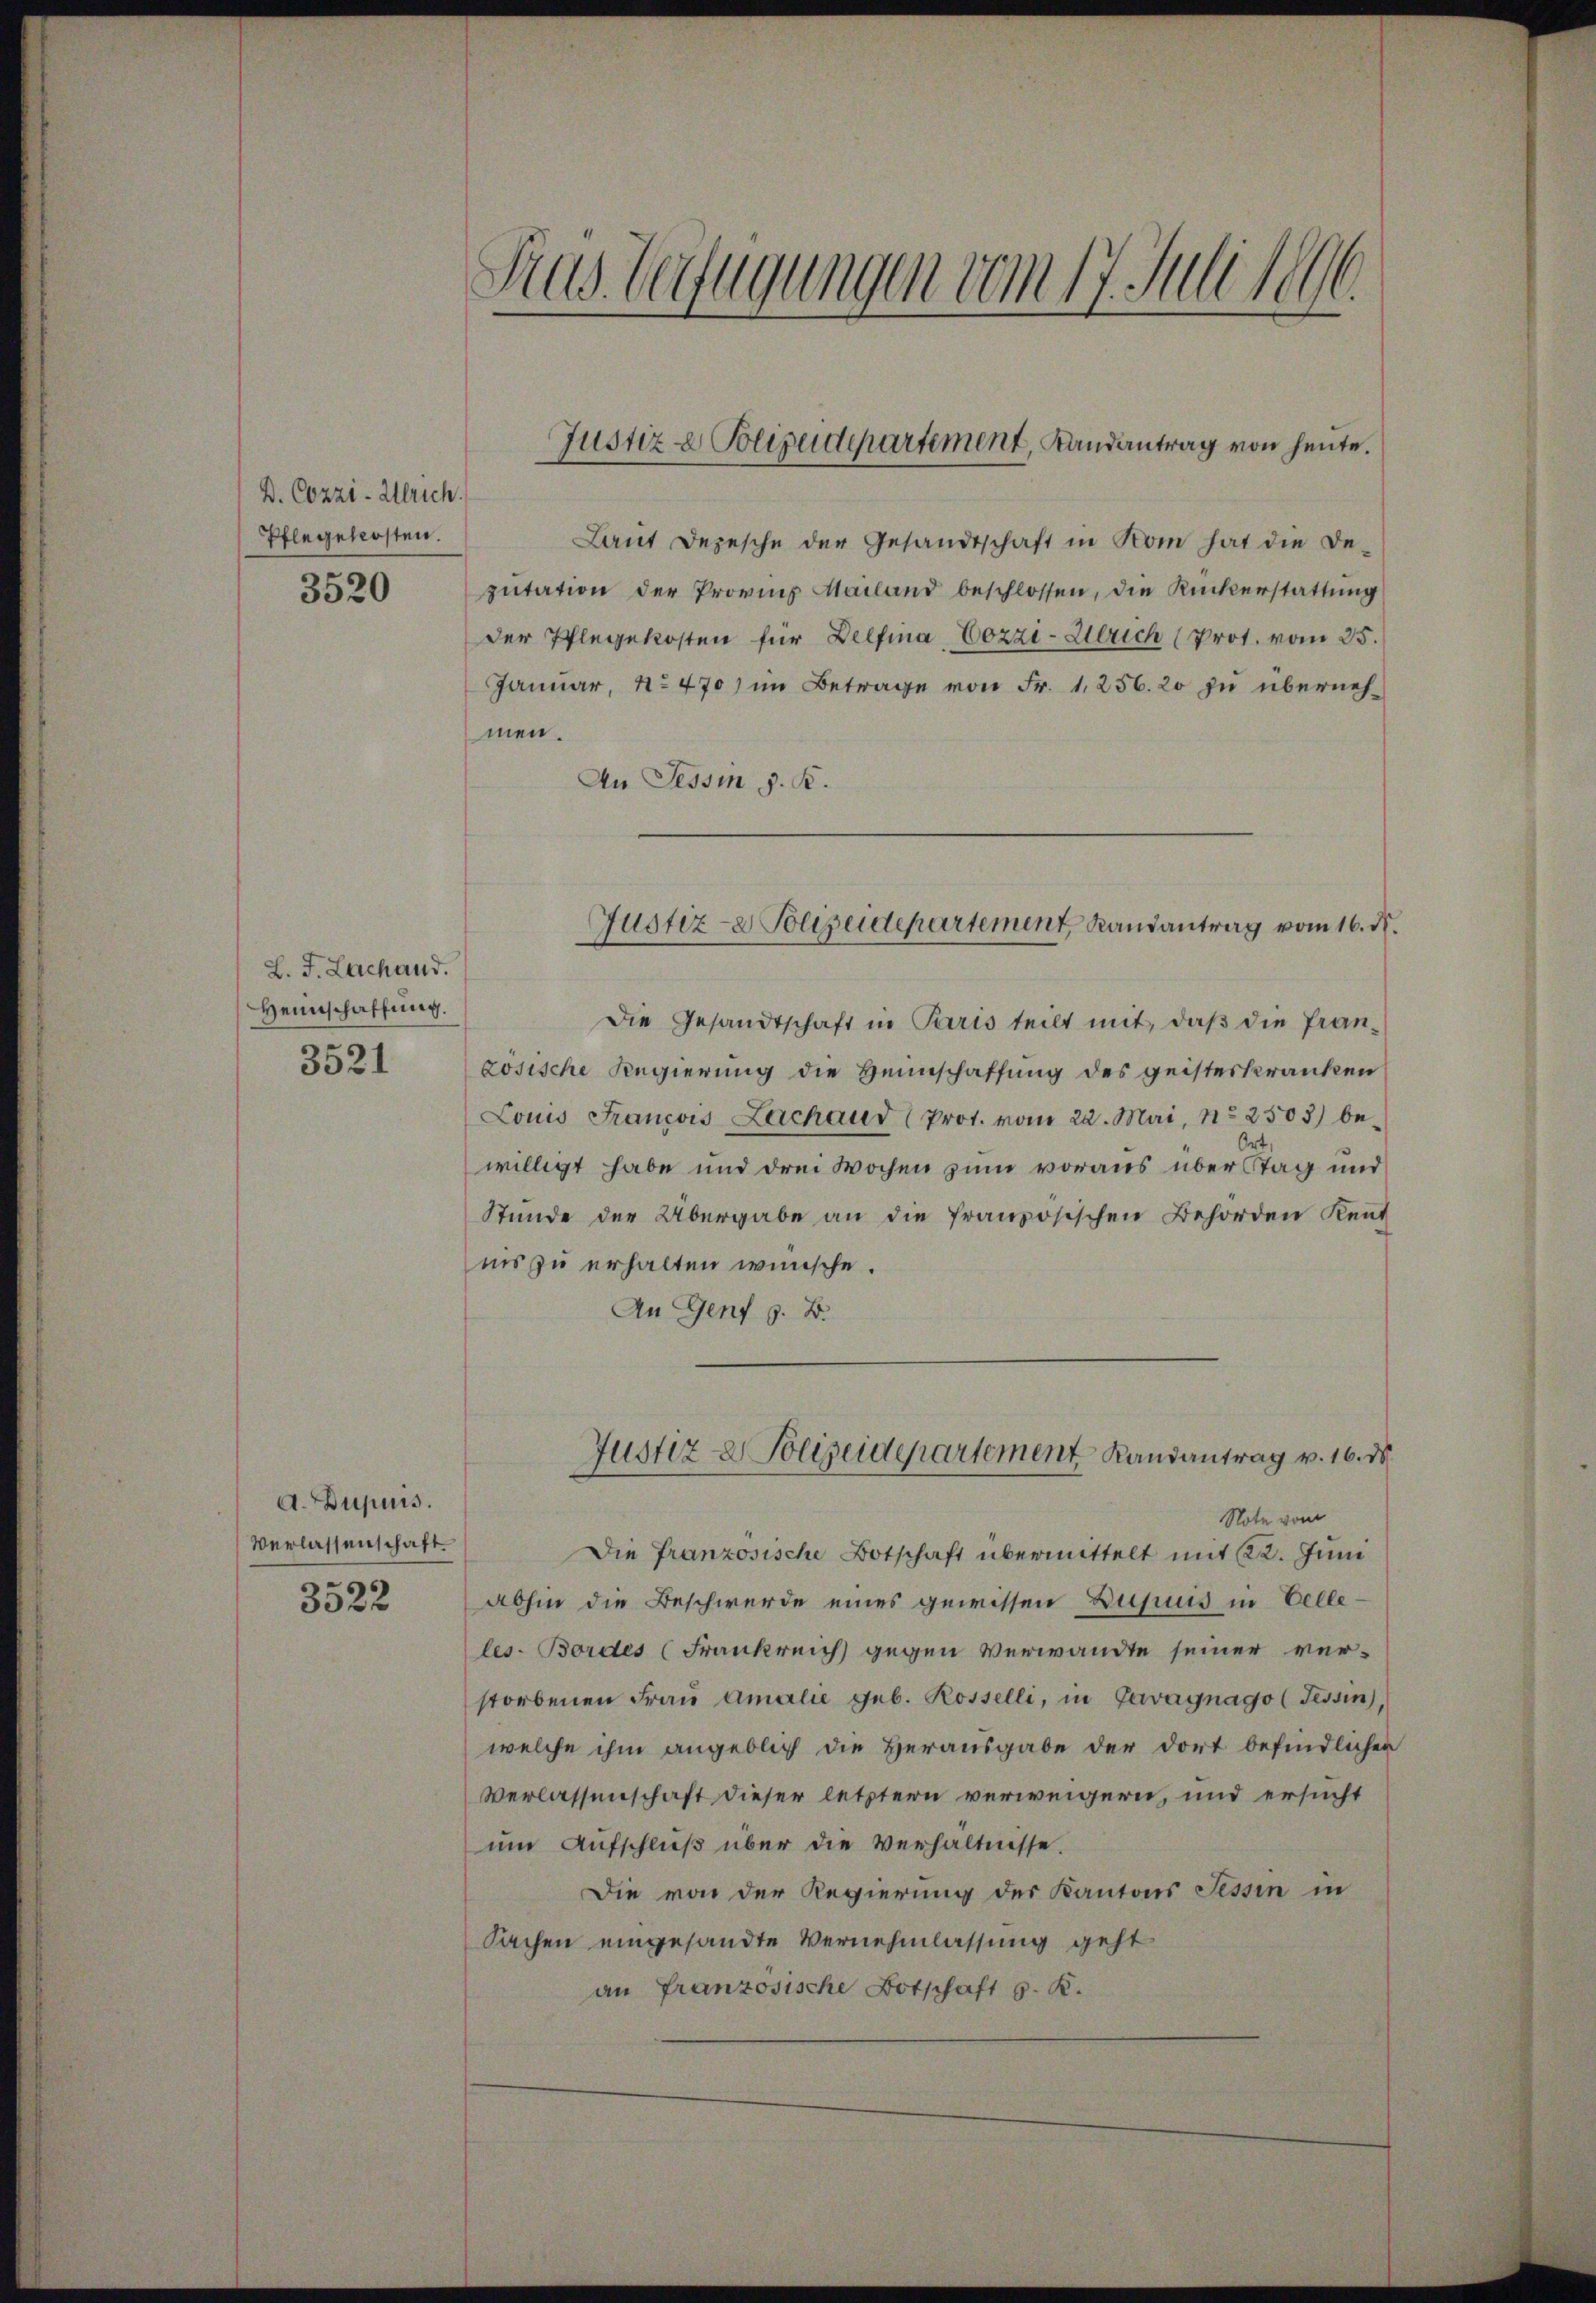
D. Cozzi-Ulrich.
Pflegekosten.
3520

L. J. Lachand.
Heimschaffung.
3521

A. Dupuis.
Verlassenschaft
3522

Sius Verfügungen vom 17. Juli 1896.

Laŭt Depesche der Gesandtschaft in Kom hat die De-
putation der Provins Mailand beschlossen, die Rückerstattung
der Pflegekosten für Delfina, Cozzi-Gerich (Prot. vom 25.
Januar, No 470) im Betrage von Fr. 1256. 20 zu übernehmen.
An Tessin d. K.

Justiz & Polizeidepartement, Landantrag von heute.

Die Gesandtschaft in Paris teilt mit, daß die Pranzosische Regierung die Heimschaffung des geisteskranken
Louis Francois Lachaud (Prot. vom 22. Mai, No 2503) be¬
Ort,
willigt habe und drei Wochen zum voraus über Stag und
Stunde der Übergabe an die französischen Behörden Kent
ins zu erhalten wünsche.
An Genf z. B.

Justiz- & Polizeidepartement, Randantrag vom 16. d.

Justiz- & Polizeidepartement Randantrag v. 16. de

Note vom
Die französische Botschaft übermittelt mit 22. Juni
abhin die Beschwerde eines gewissen Dupuis in Velleles-Bordes (Frankreich gegen Verwandte seiner ver-
storbenen Frau Amalie geb. Rosselli, in Cavagnago (Tessin,
welche ihm angeblich die Herausgabe der dort befindlichen
Verlassenschaft dieser letztern verweigern, und ersucht
um Aufschluß über die Verhältnisse.
Die von der Regierung des Kantons Tessin in
Sachen eingesandte Vernehmlassung geht
an französische Botschaft G. K.